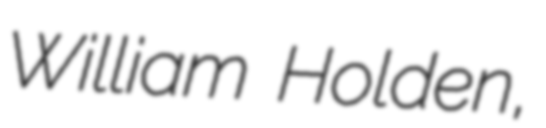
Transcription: William Holden,